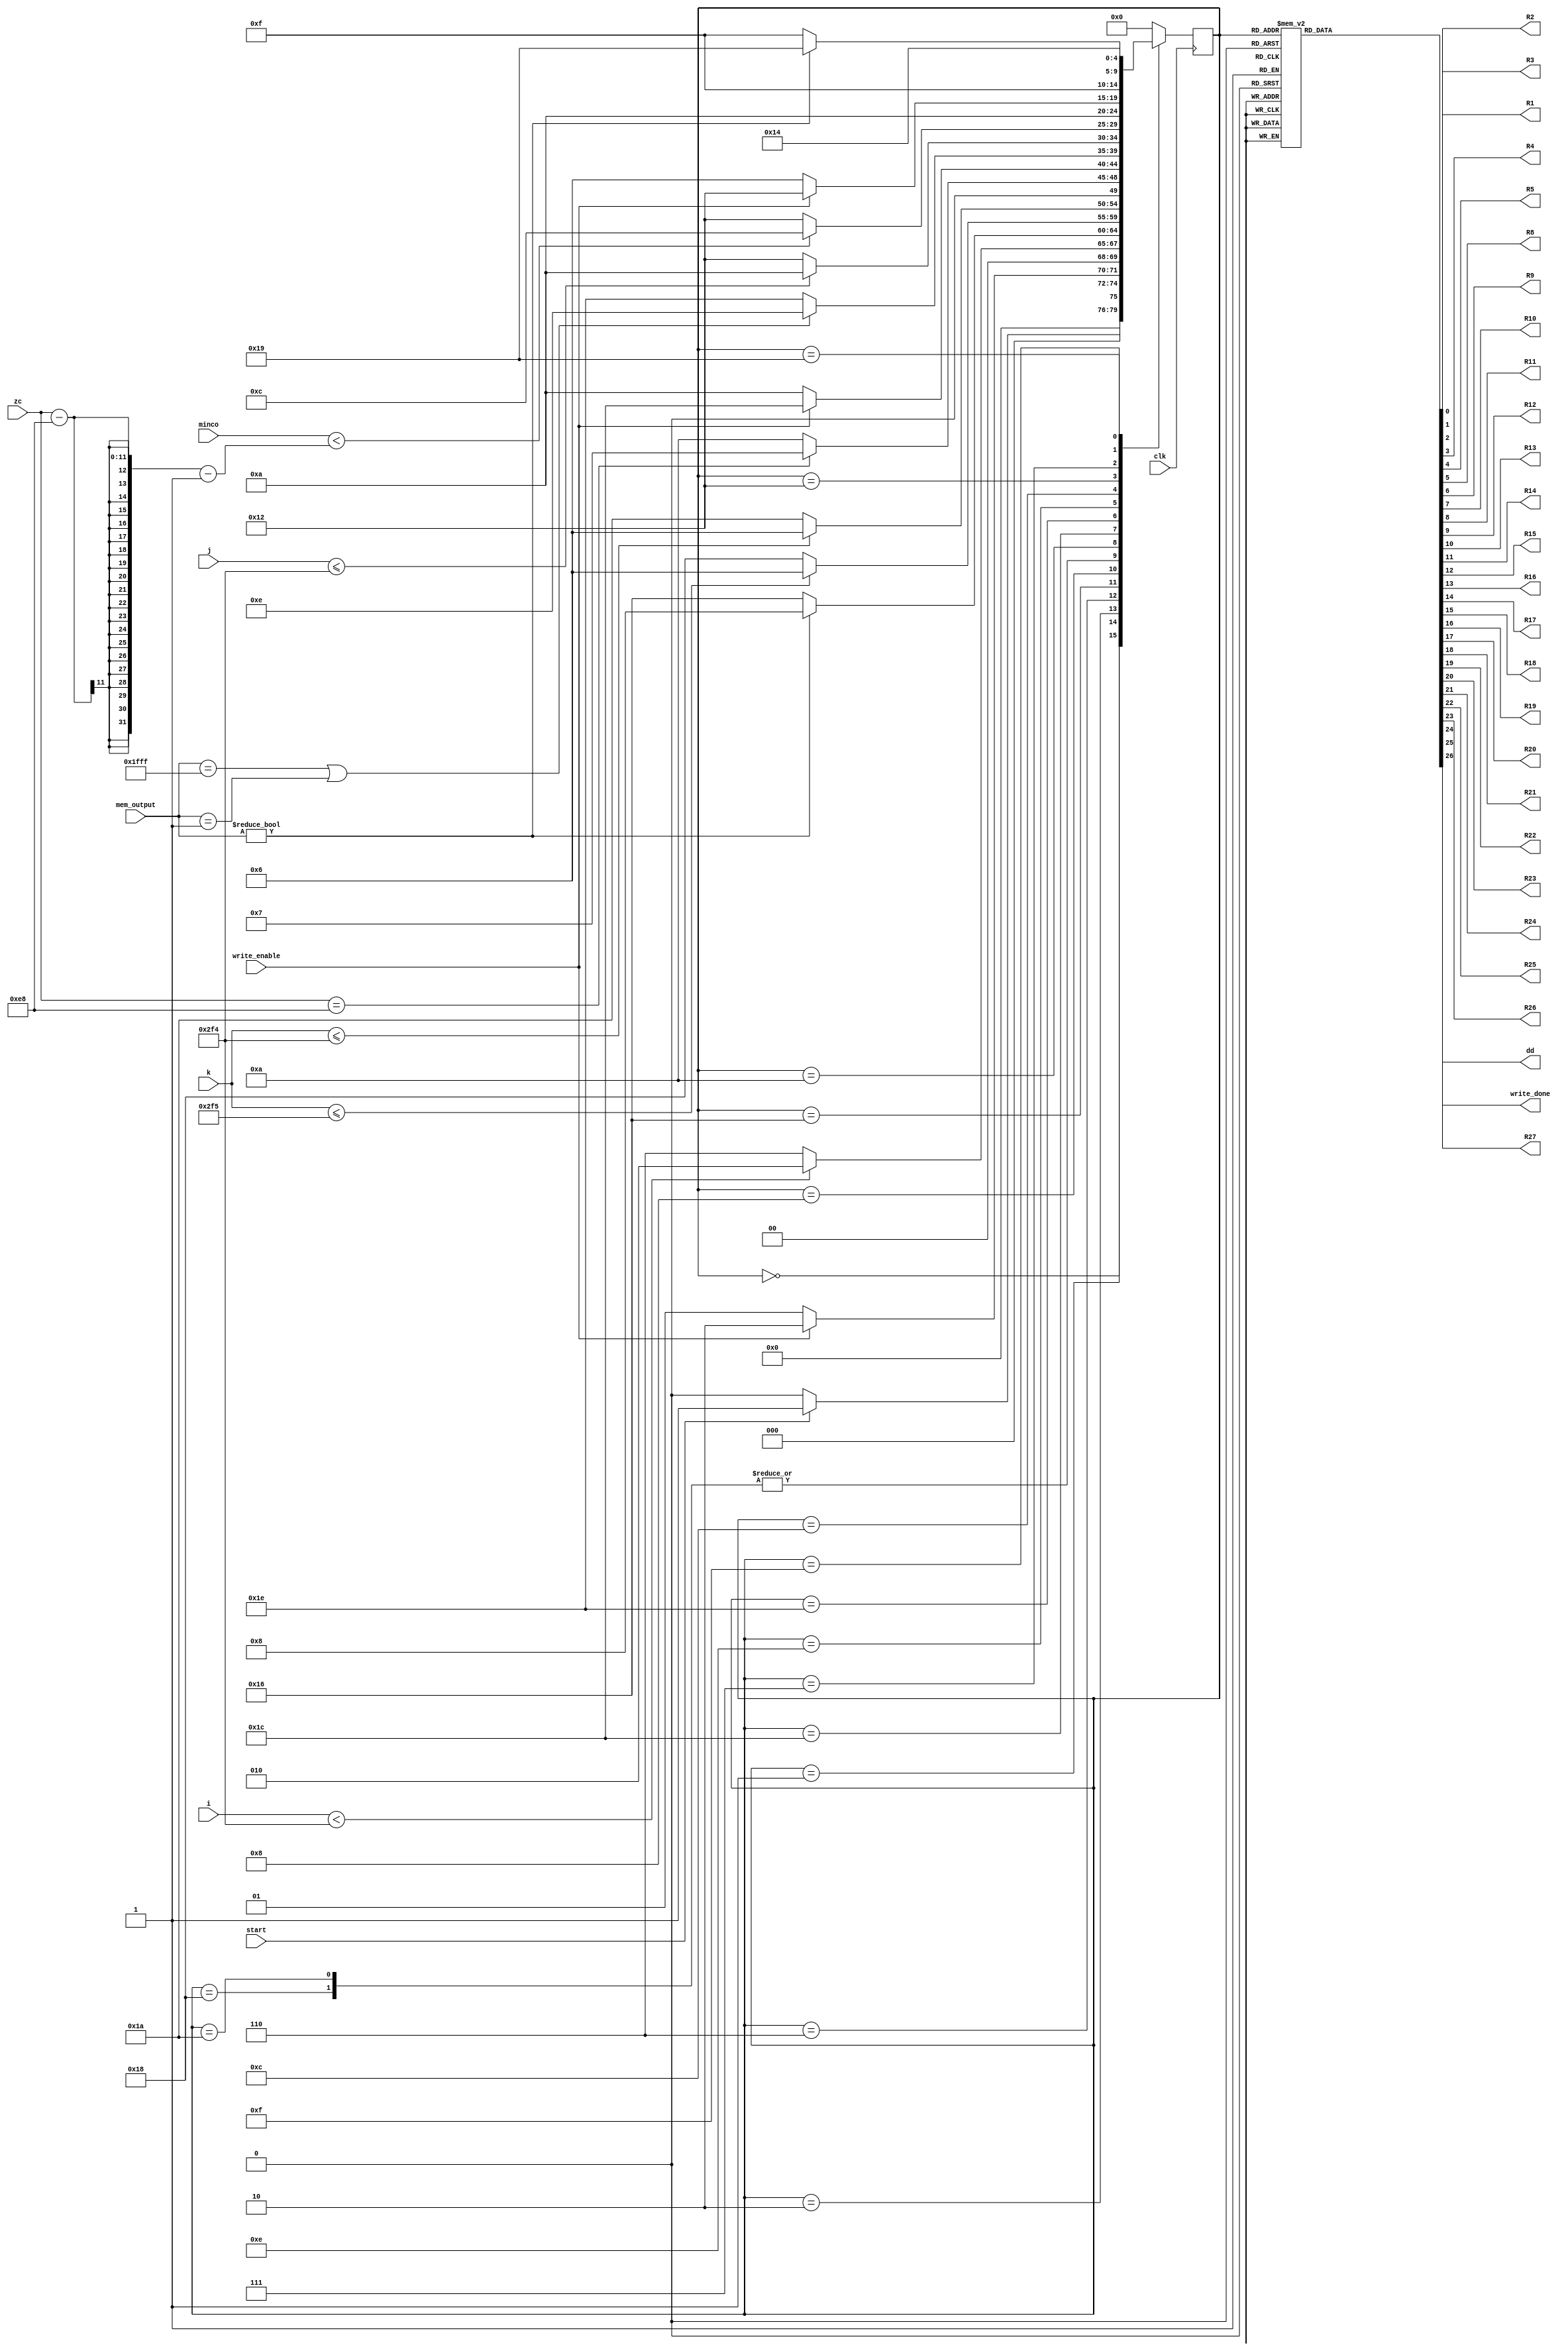
`timescale 1ns / 1ps
//////////////////////////////////////////////////////////////////////////////////
// Company: 
// Engineer: 
// 
// Design Name: 
// Module Name: tspoly_FSM
// Project Name: 
// Target Devices: 
// Tool Versions: 
// Description: 
// 
// Dependencies: 
// 
// Revision:
// Revision 0.01 - File Created
// Additional Comments:
// 
//////////////////////////////////////////////////////////////////////////////////


module tspoly_FSM(
    input clk,
    input start,
    input write_enable,
    input [12:0] mem_output,
    input [10:0] i, j,k,zc,minco, 
    output reg R1, R2, R3, R4, R5, R8, R9, R10, R11, R12, R13, R14,R15, R16, R17,R18, R19, R20, R21, R22,R23,R24,R25,R26, R27,
    output reg write_done, dd
    );
    
    parameter p=10'd757;
    parameter t=8'd116;
    parameter Inicio  = 5'b00000;
    parameter Inicio2  = 5'b00001;
    parameter Op1 =5'b00010;
    parameter C1 =5'b00110;
    parameter C2 =5'b01000;
    parameter C3 =5'b01010;
    parameter Fr1 =5'b01100;
    parameter M =5'b10010;
    parameter wd =5'b00111;
    parameter T =5'b01111;
    parameter grad =5'b11001;
    parameter salida =5'b10100;
    parameter temp1=5'b10110;
    parameter temp2=5'b11000;
    parameter temp3=5'b11010;
    parameter temp4=5'b11100;
    parameter temp5=5'b11110;
    parameter temp6=5'b01110;
    


    reg [4:0] presente = Inicio; // Registro de Estado - Valor inicial
    reg [4:0] futuro;            // Entrada del registro de Estado

    // Registro de estado 
    always @(posedge clk)
        presente <= futuro;

    // Lgica del estado siguiente
    always @(presente,start,i, j, k, minco,zc,mem_output,p,write_enable,t)
        case (presente)
            Inicio :
                if(start)
                    futuro <= Inicio2;            
                else
                    futuro <= Inicio;
            Inicio2:
                if(write_enable)
                    futuro <= Op1;            
                else
                    futuro <= Inicio2;
            Op1:
                if(i<p-1)
                    futuro <= Op1;
                else
                    futuro <= C1;
            C1:
                if(mem_output!=0)
                    futuro <= C2;
                else
                    futuro<=temp1;
            temp1:  
                if (k<=p)
                     futuro<=C1;
                else
                    futuro<=temp2;  
            temp2: 
                 if (zc==2*t)
                     futuro <= wd;
                 else
                     futuro<=C3;
            C2:
                if (k<=p-1)
                      futuro<=C1;
                else
                    futuro<=temp3;
            temp3: 
                 if (zc==2*t)
                     futuro <= wd;
                 else
                     futuro<=C3;
            C3:
                if(write_enable)
                    futuro<=temp4;
                else
                    futuro <= C3;
            temp4:
                 if(mem_output==13'd8191 || mem_output==1)
                      futuro <= temp6;
                 else
                     futuro<=temp5;
            temp5:  
                  if(j<=p-1)
                      futuro <=C3;
                  else 
                      futuro <=M; 
            temp6:
                if(minco<(zc-2*t)-1)
                    futuro <= Fr1;
                else
                    futuro <= M;             
            Fr1:
                futuro <= C3;
                
            M:
                if(write_enable==0)
                    futuro <= C1;
                else
                    futuro <= M;
            wd:
                futuro <= T;
            T:
                if(mem_output!=0)
                    futuro <= grad;
                else
                    futuro <= T;
            grad:
                futuro <= salida;
            salida:
                futuro <= Inicio; 
            default:
                futuro <= Inicio;
        endcase
    
    // Lgica de salida
    always @(presente)
        case (presente)
            Inicio : begin
                R1 <= 1'b0;
                R2 <= 1'b0;
                R3 <= 1'b0;
                R4 <= 1'b0;
                R5 <= 1'b1;
                R8<= 1'b0;
                R9<= 1'b0;
                R10<= 1'b1;
                R11<= 1'b0;
                R12<= 1'b1;
                R13<= 1'b0;
                R14<= 1'b1;
                R15<= 1'b1;
                R16<= 1'b1;
                R17<= 1'b0;
                R18<= 1'b0;
                R19<= 1'b0;
                R20<= 1'b0;
                R21<= 1'b0;
                R22<= 1'b0;
                R23<= 1'b1;
                R24<= 1'b0;
                R25<= 1'b1;
                R26<= 1'b1;
                R27<= 1'b1;
                write_done <= 1'b0;
                dd <= 1'b0;   
            end
            Inicio2 : begin
                R1 <= 1'b0;
                R2 <= 1'b0;
                R3 <= 1'b0;
                R4 <= 1'b0;
                R5 <= 1'b1;
                R8<= 1'b1;
                R9<= 1'b0;
                R10<= 1'b1;
                R11<= 1'b0;
                R12<= 1'b1;
                R13<= 1'b0;
                R14<= 1'b1;
                R15<= 1'b1;
                R16<= 1'b1;
                R17<= 1'b0;
                R18<= 1'b0;
                R19<= 1'b0;
                R20<= 1'b0;
                R21<= 1'b0;
                R22<= 1'b0;
                R23<= 1'b1;
                R24<= 1'b1;
                R25<= 1'b1;
                R26<= 1'b1;
                R27<= 1'b1;
                write_done <= 1'b0;
                dd <= 1'b0;   
            end                     
            Op1: begin
                R1 <= 1'b1;
                R2 <= 1'b0;
                R3 <= 1'b1;
                R4 <= 1'b0;
                R5 <= 1'b0;
                R8<= 1'b1;
                R9<= 1'b0;
                R10<= 1'b0;
                R11<= 1'b0;
                R12<= 1'b0;
                R13<= 1'b0;
                R14<= 1'b0;
                R15<= 1'b1;
                R16<= 1'b1;
                R17<= 1'b1;
                R18<= 1'b0;
                R19<= 1'b1;
                R20<= 1'b0;
                R21<= 1'b0;
                R22<= 1'b0;
                R23<= 1'b1;
                R24<= 1'b1;
                R25<= 1'b1;
                R26<= 1'b1;
                R27<= 1'b1;
                write_done <= 1'b0;
                dd <= 1'b0;   
            end
            C1: begin
                R1 <= 1'b0;
                R2 <= 1'b1;
                R3 <= 1'b0;
                R4 <= 1'b0;
                R5 <= 1'b0;
                R8<= 1'b0;
                R9<= 1'b1;
                R10<= 1'b0;
                R11<= 1'b0;
                R12<= 1'b0;
                R13<= 1'b0;
                R14<= 1'b0;
                R15<= 1'b0;
                R16<= 1'b1;
                R17<= 1'b0;
                R18<= 1'b0;
                R19<= 1'b0;
                R20<= 1'b0;
                R21<= 1'b0;
                R22<= 1'b0;
                R23<= 1'b1;
                R24<= 1'b1;
                R25<= 1'b1;
                R26<= 1'b1;
                R27<= 1'b1;
                write_done <= 1'b0;
                dd <= 1'b0;   
            end
            C2: begin
                R1 <= 1'b0;
                R2 <= 1'b1;
                R3 <= 1'b0;
                R4 <= 1'b0;
                R5 <= 1'b0;
                R8<= 1'b0;
                R9<= 1'b0;
                R10<= 1'b0;
                R11<= 1'b0;
                R12<= 1'b0;
                R13<= 1'b1;
                R14<= 1'b0;
                R15<= 1'b1;
                R16<= 1'b1;
                R17<= 1'b0;
                R18<= 1'b0;
                R19<= 1'b0;
                R20<= 1'b0;
                R21<= 1'b0;
                R22<= 1'b0;
                R23<= 1'b1;
                R24<= 1'b1;
                R25<= 1'b1;
                R26<= 1'b1;
                R27<= 1'b1;
                write_done <= 1'b0;
                dd <= 1'b0;   
            end
            C3: begin
                R1 <= 1'b0;
                R2 <= 1'b1;
                R3 <= 1'b0;
                R4 <= 1'b0;
                R5 <= 1'b0;
                R8<= 1'b1;
                R9<= 1'b0;
                R10<= 1'b0;
                R11<= 1'b1;
                R12<= 1'b0;
                R13<= 1'b0;
                R14<= 1'b0;
                R15<= 1'b1;
                R16<= 1'b0;
                R17<= 1'b0;
                R18<= 1'b1;
                R19<= 1'b0;
                R20<= 1'b0;
                R21<= 1'b0;
                R22<= 1'b0;
                R23<= 1'b1;
                R24<= 1'b1;
                R25<= 1'b1;
                R26<= 1'b1;
                R27<= 1'b1;
                write_done <= 1'b0;
                dd <= 1'b0;   
            end
            Fr1: begin
                R1 <= 1'b0;
                R2 <= 1'b1;
                R3 <= 1'b0;
                R4 <= 1'b1;
                R5 <= 1'b0;
                R8<= 1'b1;
                R9<= 1'b0;
                R10<= 1'b0;
                R11<= 1'b0;
                R12<= 1'b0;
                R13<= 1'b0;
                R14<= 1'b0;
                R15<= 1'b1;
                R16<= 1'b1;
                R17<= 1'b0;
                R18<= 1'b1;
                R19<= 1'b0;
                R20<= 1'b1;
                R21<= 1'b1;
                R22<= 1'b1;
                R22<= 1'b1;
                R23<= 1'b1;
                R24<= 1'b1;
                R25<= 1'b1;
                R26<= 1'b1;
                R27<= 1'b1;
                write_done <= 1'b0; 
                dd <= 1'b0;  
            end
            M: begin
                R1 <= 1'b0;
                R2 <= 1'b1;
                R3 <= 1'b0;
                R4 <= 1'b0;
                R5 <= 1'b0;
                R8<= 1'b0;
                R9<= 1'b0;
                R10<= 1'b1;
                R11<= 1'b0;
                R12<= 1'b0;
                R13<= 1'b0;
                R14<= 1'b1;
                R15<= 1'b0;
                R16<= 1'b1;
                R17<= 1'b0;
                R18<= 1'b0;
                R19<= 1'b0;
                R20<= 1'b0;
                R21<= 1'b1;
                R22<= 1'b1;
                R23<= 1'b1;
                R24<= 1'b1;
                R25<= 1'b1;
                R26<= 1'b1;
                R27<= 1'b1;
                write_done <= 1'b0;
                dd <= 1'b0;   
            end
            temp6: begin
                R1 <= 1'b0;
                R2 <= 1'b1;
                R3 <= 1'b0;
                R4 <= 1'b0;
                R5 <= 1'b0;
                R8<= 1'b0;
                R9<= 1'b0;
                R10<= 1'b0;
                R11<= 1'b0;
                R12<= 1'b0;
                R13<= 1'b0;
                R14<= 1'b0;
                R15<= 1'b1;
                R16<= 1'b1;
                R17<= 1'b0;
                R18<= 1'b0;
                R19<= 1'b0;
                R20<= 1'b0;
                R21<= 1'b1;
                R22<= 1'b1;
                R23<= 1'b1;
                R24<= 1'b1;
                R25<= 1'b1;
                R26<= 1'b1;
                R27<= 1'b1;
                write_done <= 1'b0;
                dd <= 1'b0; 
            end
            temp1:begin
                R1 <= 1'b0;
                R2 <= 1'b1;
                R3 <= 1'b0;
                R4 <= 1'b0;
                R5 <= 1'b0;
                R8<= 1'b0;
                R9<= 1'b0;
                R10<= 1'b0;
                R11<= 1'b0;
                R12<= 1'b0;
                R13<= 1'b0;
                R14<= 1'b0;
                R15<= 1'b1;
                R16<= 1'b1;
                R17<= 1'b0;
                R18<= 1'b0;
                R19<= 1'b0;
                R20<= 1'b0;
                R21<= 1'b0;
                R22<= 1'b1;
                R23<= 1'b1;
                R24<= 1'b1;
                R25<= 1'b1;
                R26<= 1'b1;
                R27<= 1'b1;
                write_done <= 1'b0;
                dd <= 1'b0;   
            end
            temp2:begin
                R1 <= 1'b0;
                R2 <= 1'b1;
                R3 <= 1'b0;
                R4 <= 1'b0;
                R5 <= 1'b0;
                R8<= 1'b0;
                R9<= 1'b0;
                R10<= 1'b0;
                R11<= 1'b0;
                R12<= 1'b0;
                R13<= 1'b0;
                R14<= 1'b0;
                R15<= 1'b1;
                R16<= 1'b1;
                R17<= 1'b0;
                R18<= 1'b0;
                R19<= 1'b0;
                R20<= 1'b0;
                R21<= 1'b0;
                R22<= 1'b1;
                R23<= 1'b1;
                R24<= 1'b1;
                R25<= 1'b1;
                R26<= 1'b1;
                R27<= 1'b1;
                write_done <= 1'b0;
                dd <= 1'b0;   
            end
            temp3:begin
                R1 <= 1'b0;
                R2 <= 1'b1;
                R3 <= 1'b0;
                R4 <= 1'b0;
                R5 <= 1'b0;
                R8<= 1'b0;
                R9<= 1'b0;
                R10<= 1'b0;
                R11<= 1'b0;
                R12<= 1'b0;
                R13<= 1'b0;
                R14<= 1'b0;
                R15<= 1'b1;
                R16<= 1'b1;
                R17<= 1'b0;
                R18<= 1'b0;
                R19<= 1'b0;
                R20<= 1'b0;
                R21<= 1'b0;
                R22<= 1'b1;
                R23<= 1'b1;
                R24<= 1'b1;
                R25<= 1'b1;
                R26<= 1'b1;
                R27<= 1'b1;
                write_done <= 1'b0;
                dd <= 1'b0;   
            end
            temp4:begin
                R1 <= 1'b0;
                R2 <= 1'b1;
                R3 <= 1'b0;
                R4 <= 1'b0;
                R5 <= 1'b0;
                R8<= 1'b1;
                R9<= 1'b0;
                R10<= 1'b0;
                R11<= 1'b0;
                R12<= 1'b0;
                R13<= 1'b0;
                R14<= 1'b0;
                R15<= 1'b1;
                R16<= 1'b1;
                R17<= 1'b0;
                R18<= 1'b1;
                R19<= 1'b0;
                R20<= 1'b0;
                R21<= 1'b1;
                R22<=1'b1;
                R23<= 1'b1;
                R24<= 1'b1;
                R25<= 1'b1;
                R26<= 1'b1;
                R27<= 1'b1;
                write_done <= 1'b0;
                dd <= 1'b0;   
            end
            temp5:begin
                R1 <= 1'b0;
                R2 <= 1'b1;
                R3 <= 1'b0;
                R4 <= 1'b0;
                R5 <= 1'b0;
                R8<= 1'b1;
                R9<= 1'b0;
                R10<= 1'b0;
                R11<= 1'b0;
                R12<= 1'b0;
                R13<= 1'b0;
                R14<= 1'b0;
                R15<= 1'b1;
                R16<= 1'b1;
                R17<= 1'b0;
                R18<= 1'b1;
                R19<= 1'b0;
                R20<= 1'b0;
                R21<= 1'b1;
                R22<=1'b1;
                R23<= 1'b1;
                R24<= 1'b1;
                R25<= 1'b1;
                R26<= 1'b1;
                R27<= 1'b1;
                write_done <= 1'b0;
                dd <= 1'b0;  
            end
            wd: begin
                R1 <= 1'b0;
                R2 <= 1'b1;
                R3 <= 1'b0;
                R4 <= 1'b0;
                R5 <= 1'b0;
                R8<= 1'b0;
                R9<= 1'b0;
                R10<= 1'b0;
                R11<= 1'b0;
                R12<= 1'b0;
                R13<= 1'b0;
                R14<= 1'b0;
                R15<= 1'b1;
                R16<= 1'b1;
                R17<= 1'b0;
                R18<= 1'b0;
                R19<= 1'b0;
                R20<= 1'b0;
                R21<= 1'b1;
                R22<= 1'b1;
                R23<= 1'b1;
                R24<= 1'b1;
                R25<= 1'b1;
                R26<= 1'b1;
                R27<= 1'b1;
                write_done <= 1'b1; 
                dd <= 1'b0;  
            end
            T: begin
                R1 <= 1'b0;
                R2 <= 1'b1;
                R3 <= 1'b0;
                R4 <= 1'b0;
                R5 <= 1'b0;
                R8<= 1'b0;
                R9<= 1'b0;
                R10<= 1'b0;
                R11<= 1'b0;
                R12<= 1'b0;
                R13<= 1'b0;
                R14<= 1'b0;
                R15<= 1'b1;
                R16<= 1'b1;
                R17<= 1'b0;
                R18<= 1'b0;
                R19<= 1'b0;
                R20<= 1'b0;
                R21<= 1'b1;
                R22<= 1'b1;
                R23<= 1'b0;
                R24<= 1'b0;
                R25<= 1'b0;
                R26<= 1'b1;
                R27<= 1'b1;
                write_done <= 1'b0;
                dd <= 1'b0;   
            end
            grad: begin
                R1 <= 1'b0;
                R2 <= 1'b1;
                R3 <= 1'b0;
                R4 <= 1'b0;
                R5 <= 1'b0;
                R8<= 1'b1;
                R9<= 1'b0;
                R10<= 1'b0;
                R11<= 1'b0;
                R12<= 1'b0;
                R13<= 1'b0;
                R14<= 1'b0;
                R15<= 1'b1;
                R16<= 1'b1;
                R17<= 1'b1;
                R18<= 1'b1;
                R19<= 1'b0;
                R20<= 1'b0;
                R21<= 1'b1;
                R22<= 1'b1;
                R23<= 1'b1;
                R24<= 1'b1;
                R25<= 1'b1;
                R26<= 1'b0;
                R27<= 1'b0;
                write_done <= 1'b0;
                dd <= 1'b0;   
            end
            salida: begin
                R1 <= 1'b0;
                R2 <= 1'b1;
                R3 <= 1'b0;
                R4 <= 1'b0;
                R5 <= 1'b0;
                R8<= 1'b0;
                R9<= 1'b0;
                R10<= 1'b0;
                R11<= 1'b0;
                R12<= 1'b0;
                R13<= 1'b0;
                R14<= 1'b0;
                R15<= 1'b1;
                R16<= 1'b1;
                R17<= 1'b0;
                R18<= 1'b0;
                R19<= 1'b0;
                R20<= 1'b0;
                R21<= 1'b1;
                R22<= 1'b1;
                R23<= 1'b1;
                R24<= 1'b1;
                R25<= 1'b1;
                R26<= 1'b1;
                R27<= 1'b1;
                write_done <= 1'b0;
                dd <= 1'b1; 
            end
            default: begin
                R1 <= 1'b0;
                R2 <= 1'b0;
                R3 <= 1'b0;
                R4 <= 1'b0;
                R5 <= 1'b1;
                R8<= 1'b1;
                R9<= 1'b0;
                R10<= 1'b1;
                R11<= 1'b0;
                R12<= 1'b1;
                R13<= 1'b0;
                R14<= 1'b1;
                R15<= 1'b1;
                R16<= 1'b1;
                R17<= 1'b0;
                R18<= 1'b0;
                R19<= 1'b0;
                R20<= 1'b0;
                R21<= 1'b0;
                R22<= 1'b1;
                R23<= 1'b0;
                R24<= 1'b1;
                R25<= 1'b1;
                R26<= 1'b1;
                R27<= 1'b0;
                write_done <= 1'b0;
                dd <= 1'b0;  
            end
      endcase
        
endmodule